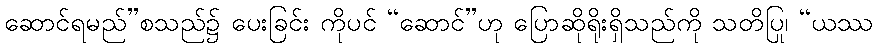
ဆောင်ရမည်”စသည်၌ ပေးခြင်း ကိုပင် “ဆောင်”ဟု ပြောဆိုရိုးရှိသည်ကို သတိပြု၊ “ယဿ